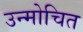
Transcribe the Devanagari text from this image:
उन्मोचित